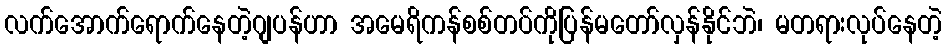
လက်အောက်ရောက်နေတဲ့ဂျပန်ဟာ အမေရိကန်စစ်တပ်ကိုပြန်မတော်လှန်နိုင်ဘဲ၊ မတရားလုပ်နေတဲ့